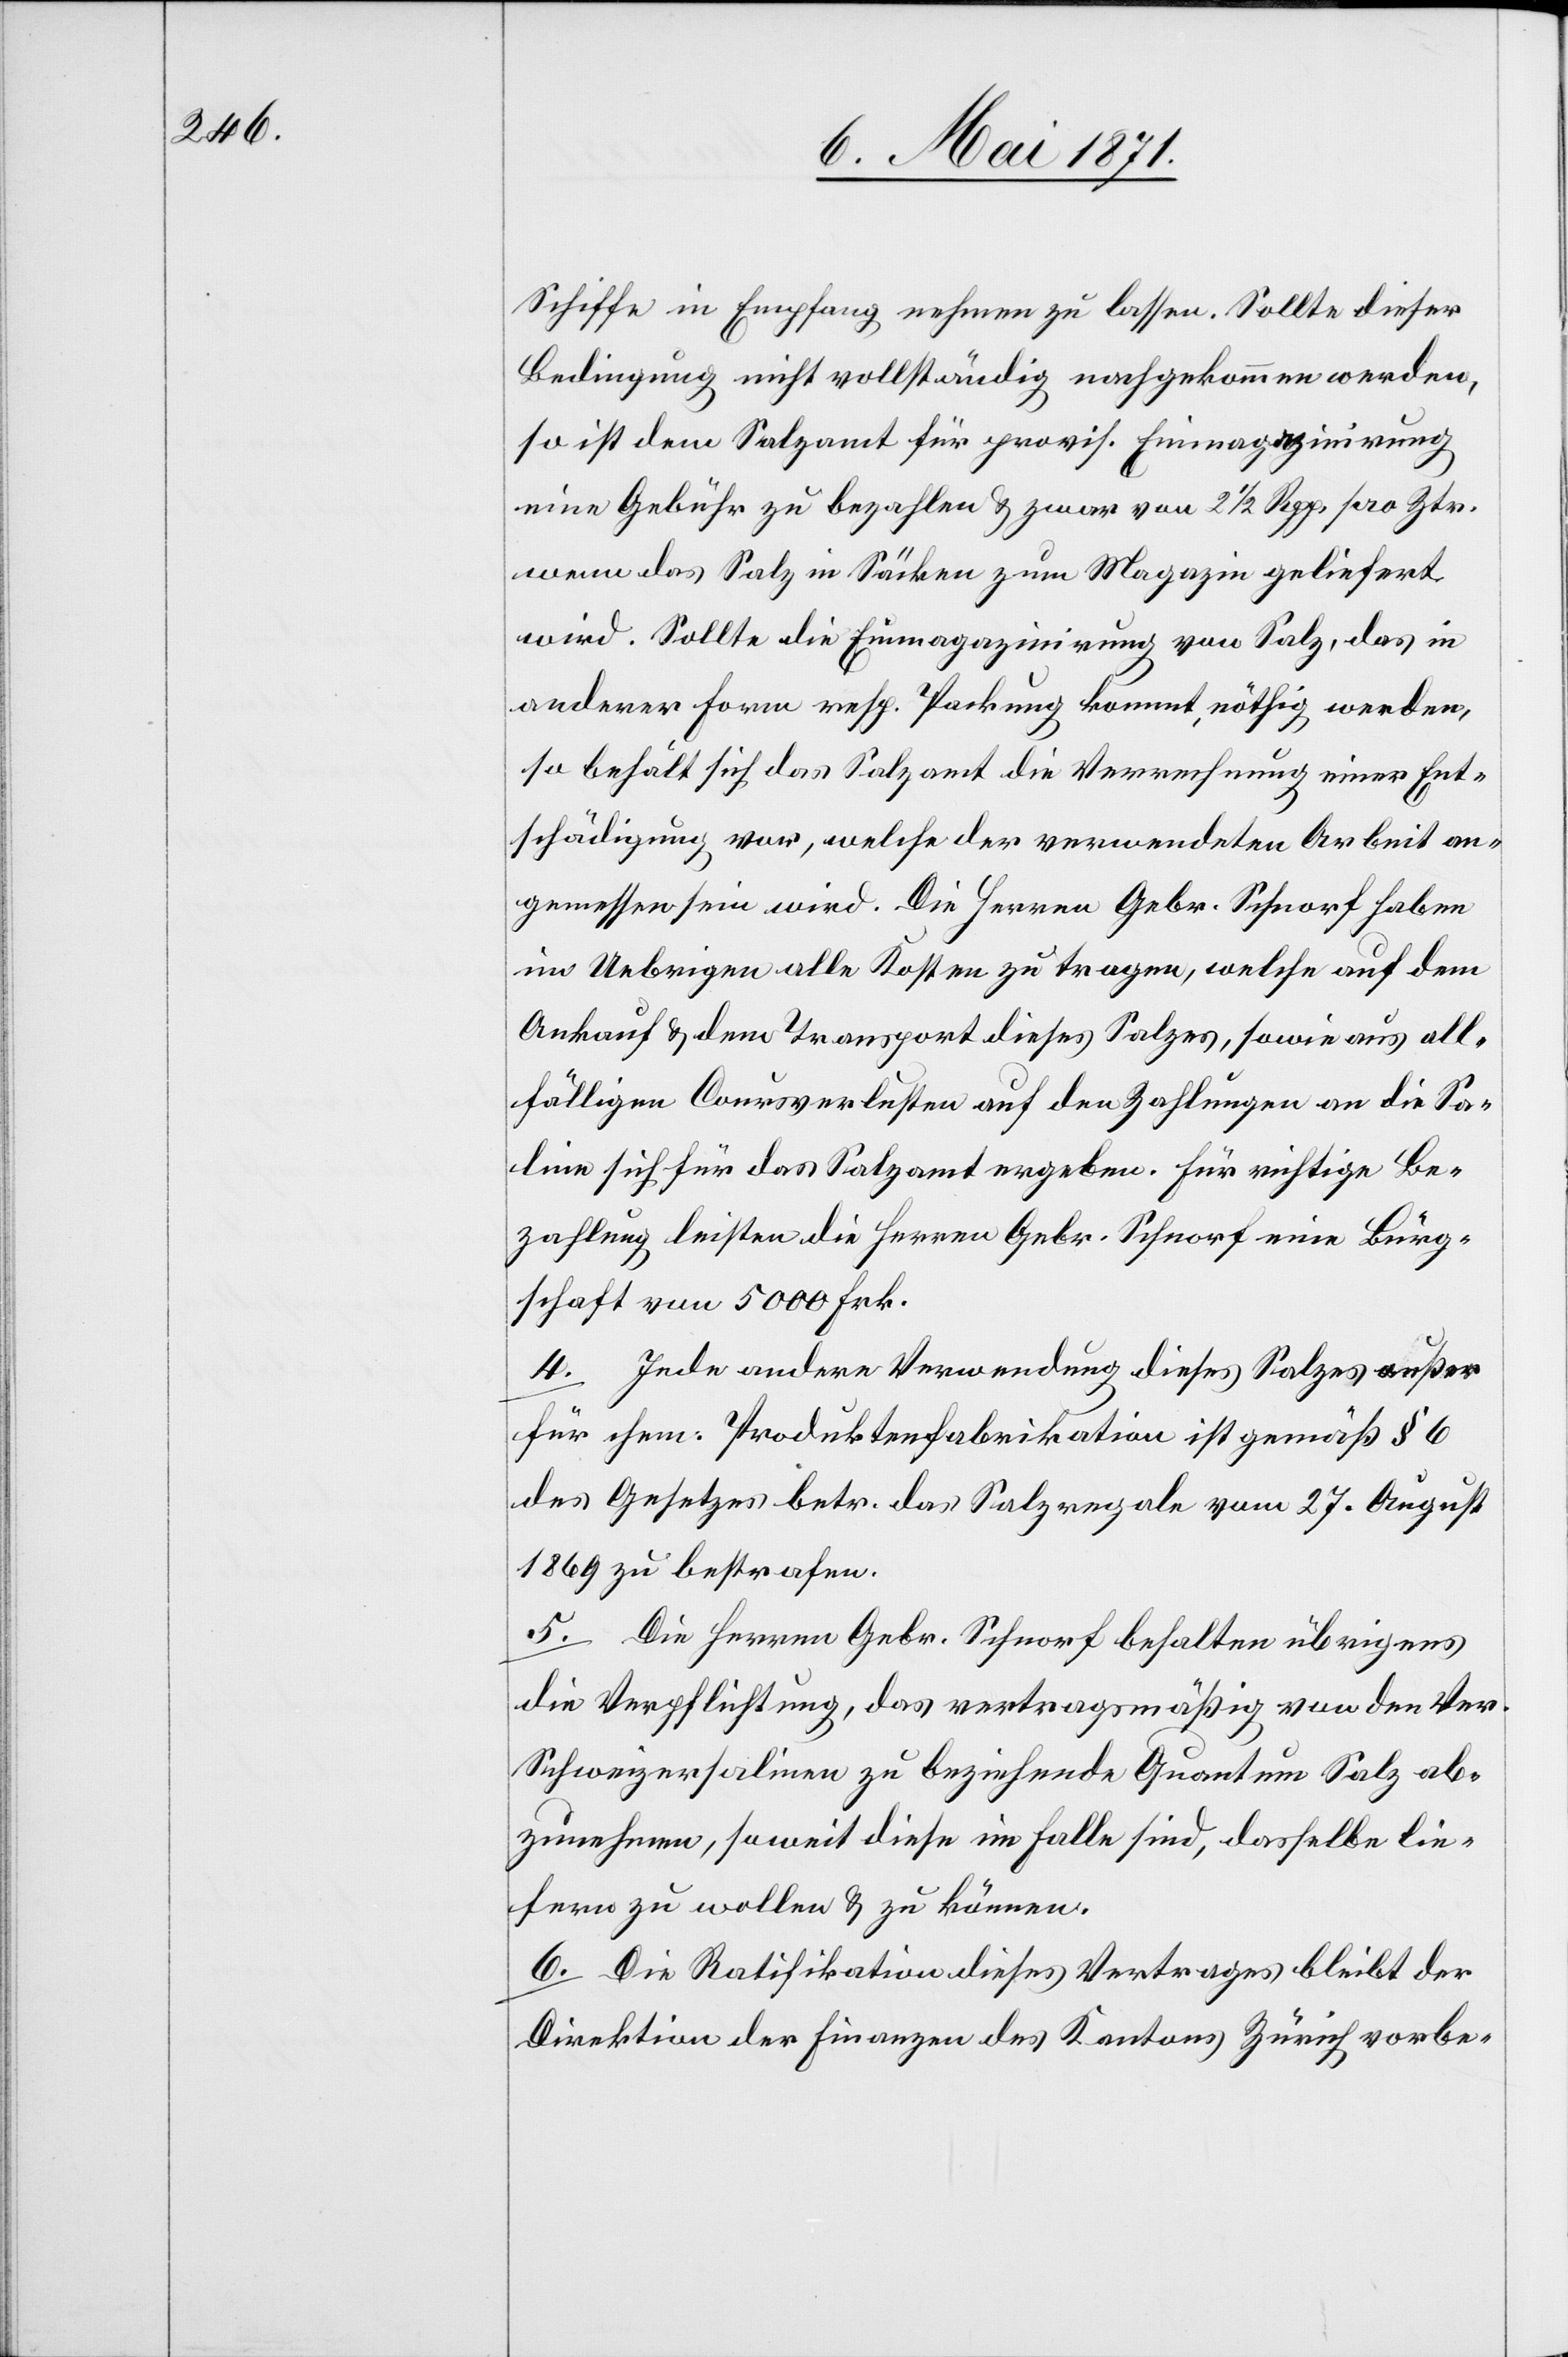
Schiffe in Empfang nehmen zu lassen. Sollte dieser
Bedingung nicht vollständig nachgekommen werden,
so ist dem Salzamt für provis. Einmagazinirung
eine Gebühr zu bezahlen u. zwar von 2 1/2 Rpp. pro Ztr.
wenn das Salz in Säcken zum Magazin geliefert
wird. Sollte die Einmagazinirung von Salz, das in
anderer Form resp. Packung kommt, nöthig werden,
so behält sich das Salzamt die Verrechnung einer Ent¬
schädigung vor, welche der verwendeten Arbeit an¬
gemessen sein wird. Die Herren Gebr. Schnorf haben
im Uebrigen alle Kosten zu tragen, welche auf dem
Ankauf u. dem Transport dieses Salzes, sowie aus all¬
fälligen Coursverlusten auf den Zahlungen an die Sa¬
line sich für das Salzamt ergeben. Für richtige Be¬
zahlung leisten die Herren Gebr. Schnorf eine Bürg¬
schaft von 5000 Frk.
4. Jede andere Verwendung dieses Salzes außer
für chem. Produktenfabrikation ist gemäß § 6
des Gesetzes betr. das Salzregale vom 27. August
1869 zu bestrafen.
5. Die Herren Gebr. Schnorf behalten übrigens
die Verpflichtung, das vertragsmäßig von den Ver.
Schweizersalinen zu beziehende Quantum Salz ab¬
zunehmen, soweit diese im Falle sind, dasselbe lie¬
fern zu wollen u. zu können.
6. Die Ratifikation dieses Vertrages bleibt der
Direktion der Finanzen des Kantons Zürich vorbe-